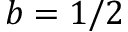
b = 1 / 2